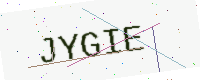
Text: JYGIE